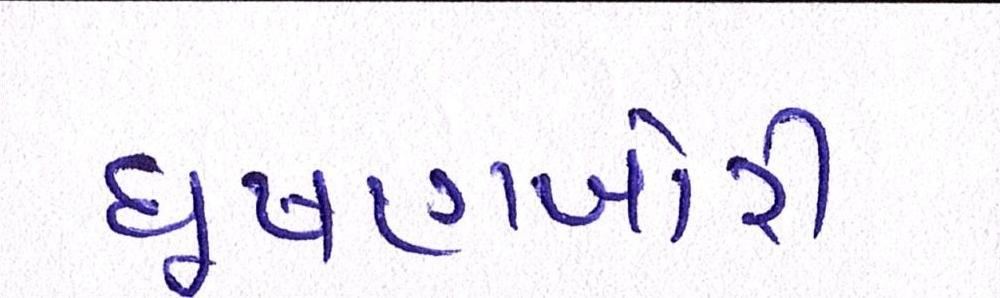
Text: ઘૂષણખોરી